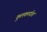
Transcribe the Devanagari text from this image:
कुलकर्ण्यांचा